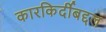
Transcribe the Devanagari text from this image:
कारकिर्दीबद्दल